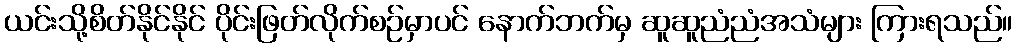
ယင်းသို့စိတ်နိုင်နိုင် ပိုင်းဖြတ်လိုက်စဉ်မှာပင် နောက်ဘက်မှ ဆူဆူညံညံအသံများ ကြားရသည်။